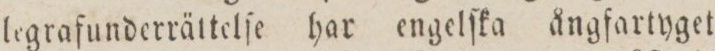
legrafunderrättelſe har engelſka ångfartyget